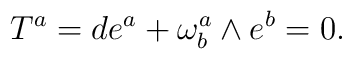
T^{a}=de^{a}+\omega _{b}^{a}\wedge e^{b}=0.